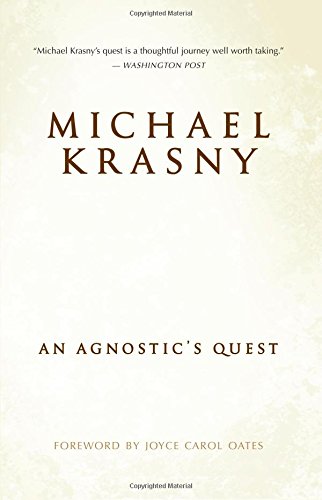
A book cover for Spiritual Envy: An Agnostic's Quest; Michael Krasny; Religion & Spirituality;